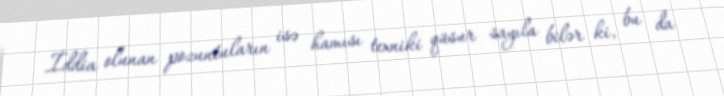
İddia olunan pozuntuların isə hamısı texniki qüsur sayıla bilər ki, bu da